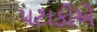
પટાકીએ